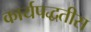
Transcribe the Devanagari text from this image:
कार्यपद्धतीस